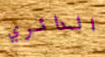
الدائري